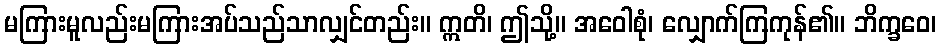
မကြားမူလည်းမကြားအပ်သည်သာလျှင်တည်း။ ဣတိ၊ ဤသို့။ အဝေါစုံ၊ လျှောက်ကြကုန်၏။ ဘိက္ခဝေ၊